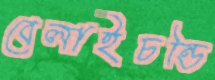
বেলাইচন্ডি